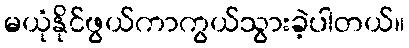
မယုံနိုင်ဖွယ်ကာကွယ်သွားခဲ့ပါတယ်။